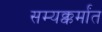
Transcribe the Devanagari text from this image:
सम्यक्कर्मांत